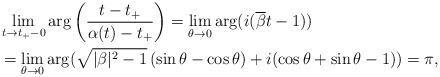
\begin{align*}&\lim_{t\to t_+-0} \arg \left ( \frac{t-t_+}{\alpha(t)-t_+}\right)=\lim_{\theta\to0}\arg(i(\overline{\beta}t-1) )\\ &=\lim_{\theta\to 0}\arg( \sqrt{|\beta|^2-1}\,(\sin\theta- \cos\theta) + i(\cos \theta+\sin \theta - 1))=\pi ,\end{align*}